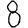
Digit: 8